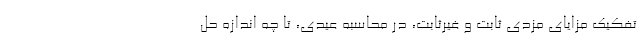
تفکیک مزایای مزدی ثابت و غیرثابت، در محاسبه عیدی، تا چه اندازه حل